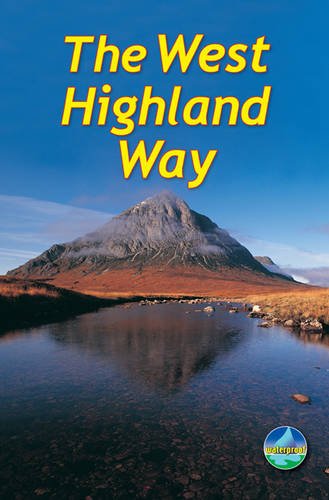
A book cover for West Highland Way 4th ed 2011 (Rucksack Readers); Jacquetta Megarry; Travel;